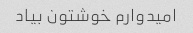
امیدوارم خوشتون بیاد